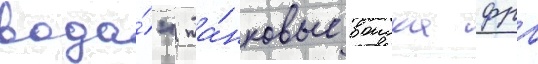
вода́". та́нковые воиска фрг